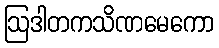
ဩဒါတကသိဏမေကော